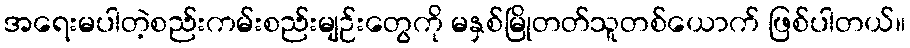
အရေးမပါတဲ့စည်းကမ်းစည်းမျဉ်းတွေကို မနှစ်မြိုတတ်သူတစ်ယောက် ဖြစ်ပါတယ်။